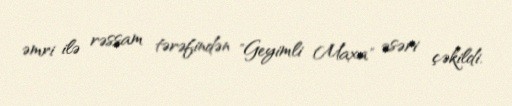
əmri ilə rəssam tərəfindən "Geyimli Maxa" əsəri çəkildi.